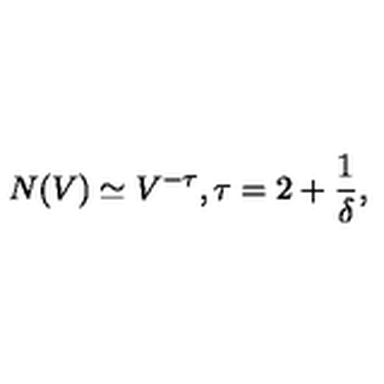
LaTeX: N ( V ) \simeq V ^ { - \tau } , \tau = 2 + \frac { 1 } { \delta } ,